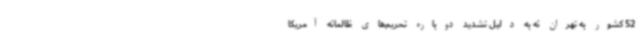
52 کشور به تهران نه به دلیل تشدید دوباره تحریم‌های ظالمانه آمریکا